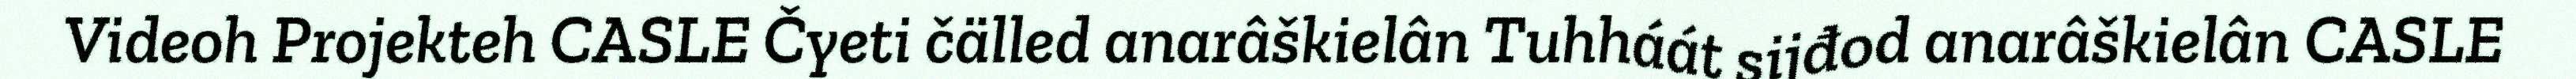
Videoh Projekteh CASLE Čyeti čälled anarâškielân Tuhháát sijđod anarâškielân CASLE